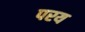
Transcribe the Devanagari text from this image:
परय